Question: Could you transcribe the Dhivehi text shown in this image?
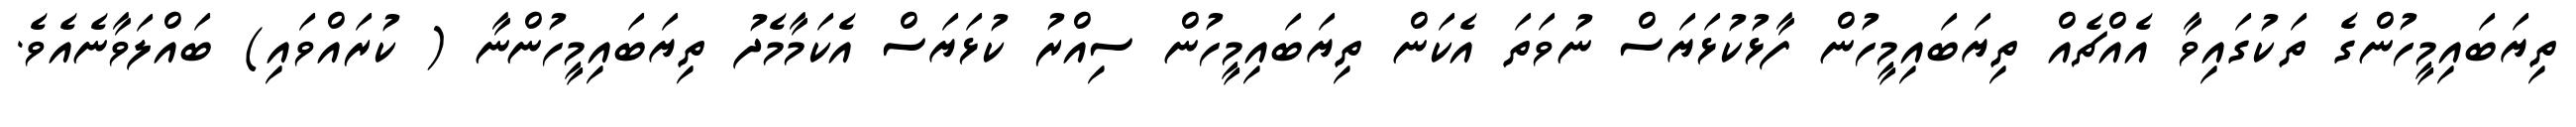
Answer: ތިޔަބައިމީހުންގެ ތަކުގައިވާ އެއްޗެއް ތިޔަބައިމީހުން ފާޅުކުޅަޔަސް ނުވަތަ އެކަން ތިޔަބައިމީހުން ސިއްރު ކުޅަޔަސް އެކަމާމެދު ތިޔަބައިމީހުންނާ ( ކުރައްވައި) ބައްލަވާނެއެވެ.